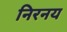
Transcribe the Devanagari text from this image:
निरनय